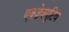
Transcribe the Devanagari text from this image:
एक्ज़ेक्यूटिव